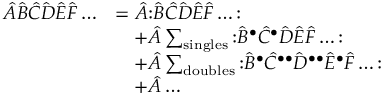
{ \begin{array} { r l } { { \hat { A } } { \hat { B } } { \hat { C } } { \hat { D } } { \hat { E } } { \hat { F } } \ldots } & { = { \hat { A } } { \mathopen { : } } { \hat { B } } { \hat { C } } { \hat { D } } { \hat { E } } { \hat { F } } \ldots { \mathclose { : } } } \\ & { \quad + { \hat { A } } \sum _ { \mathrm { s i n g l e s } } { \mathopen { : } } { \hat { B } } ^ { \bullet } { \hat { C } } ^ { \bullet } { \hat { D } } { \hat { E } } { \hat { F } } \ldots { \mathclose { : } } } \\ & { \quad + { \hat { A } } \sum _ { \mathrm { d o u b l e s } } { \mathopen { : } } { \hat { B } } ^ { \bullet } { \hat { C } } ^ { \bullet \bullet } { \hat { D } } ^ { \bullet \bullet } { \hat { E } } ^ { \bullet } { \hat { F } } \ldots { \mathclose { : } } } \\ & { \quad + { \hat { A } } \ldots } \end{array} }